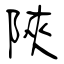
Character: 陜